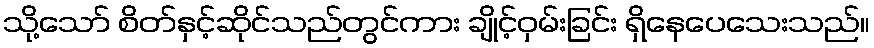
သို့သော် စိတ်နှင့်ဆိုင်သည်တွင်ကား ချိုင့်ဝှမ်းခြင်း ရှိနေပေသေးသည်။